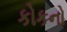
કોકનો